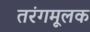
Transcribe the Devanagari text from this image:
तरंगमूलक